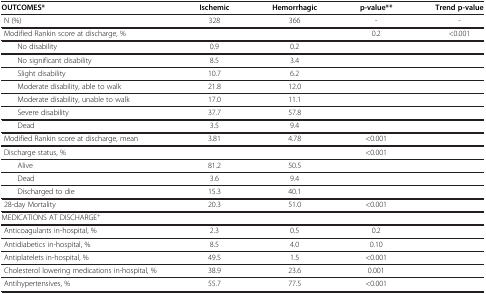
<table><thead><tr><td><b>OUTCOMES*</b></td><td><b>Ischemic</b></td><td><b>Hemorrhagic</b></td><td><b>p-value**</b></td><td><b>Trend p-value</b></td></tr></thead><tbody><tr><td> N (%)</td><td>328</td><td>366</td><td>-</td><td>-</td></tr><tr><td> Modified Rankin score at discharge, %</td><td> </td><td> </td><td>0.2</td><td>&lt;0.001</td></tr><tr><td>No disability</td><td>0.9</td><td>0.2</td><td> </td><td> </td></tr><tr><td>No significant disability</td><td>8.5</td><td>3.4</td><td> </td><td> </td></tr><tr><td>Slight disability</td><td>10.7</td><td>6.2</td><td> </td><td> </td></tr><tr><td>Moderate disability, able to walk</td><td>21.8</td><td>12.0</td><td> </td><td> </td></tr><tr><td>Moderate disability, unable to walk</td><td>17.0</td><td>11.1</td><td> </td><td> </td></tr><tr><td>Severe disability</td><td>37.7</td><td>57.8</td><td> </td><td> </td></tr><tr><td>Dead</td><td>3.5</td><td>9.4</td><td> </td><td> </td></tr><tr><td> Modified Rankin score at discharge, mean</td><td>3.81</td><td>4.78</td><td>&lt;0.001</td><td> </td></tr><tr><td> Discharge status, %</td><td> </td><td> </td><td>&lt;0.001</td><td> </td></tr><tr><td>Alive</td><td>81.2</td><td>50.5</td><td> </td><td> </td></tr><tr><td>Dead</td><td>3.6</td><td>9.4</td><td> </td><td> </td></tr><tr><td>Discharged to die</td><td>15.3</td><td>40.1</td><td> </td><td> </td></tr><tr><td> 28-day Mortality</td><td>20.3</td><td>51.0</td><td>&lt;0.001</td><td> </td></tr><tr><td>MEDICATIONS AT DISCHARGE<sup>+</sup></td><td> </td><td> </td><td> </td><td> </td></tr><tr><td> Anticoagulants in-hospital, %</td><td>2.3</td><td>0.5</td><td>0.2</td><td> </td></tr><tr><td> Antidiabetics in-hospital, %</td><td>8.5</td><td>4.0</td><td>0.10</td><td> </td></tr><tr><td> Antiplatelets in-hospital, %</td><td>49.5</td><td>1.5</td><td>&lt;0.001</td><td> </td></tr><tr><td> Cholesterol lowering medications in-hospital, %</td><td>38.9</td><td>23.6</td><td>0.001</td><td> </td></tr><tr><td> Antihypertensives, %</td><td>55.7</td><td>77.5</td><td>&lt;0.001</td><td> </td></tr></tbody></table>